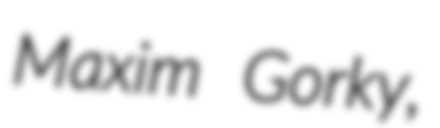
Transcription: Maxim Gorky,